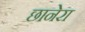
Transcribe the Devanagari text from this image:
छानेरा